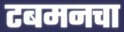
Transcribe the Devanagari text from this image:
टबमनचा